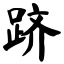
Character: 跻